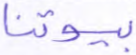
بيوتنا